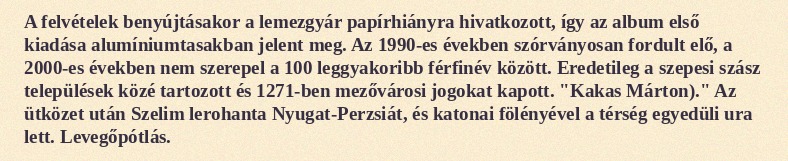
A felvételek benyújtásakor a lemezgyár papírhiányra hivatkozott, így az album első kiadása alumíniumtasakban jelent meg. Az 1990-es években szórványosan fordult elő, a 2000-es években nem szerepel a 100 leggyakoribb férfinév között. Eredetileg a szepesi szász települések közé tartozott és 1271-ben mezővárosi jogokat kapott. "Kakas Márton)." Az ütközet után Szelim lerohanta Nyugat-Perzsiát, és katonai fölényével a térség egyedüli ura lett. Levegőpótlás.